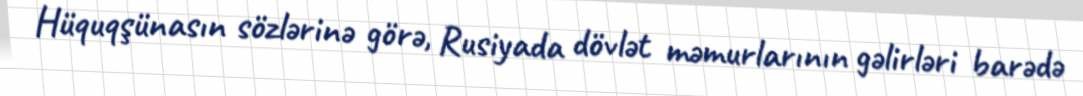
Hüquqşünasın sözlərinə görə, Rusiyada dövlət məmurlarının gəlirləri barədə